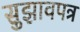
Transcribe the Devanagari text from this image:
सुझावपत्र